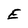
Character: E